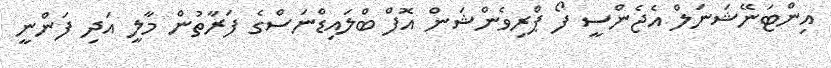
އިންޓަނޭޝަނަލް އެޖެންސީ ފޯ ޕްރިވެންޝަން އޮފް ބްލައިޑްނަސްގެ ފަރާތުން މާލީ އަދި ފަންނީ